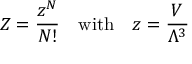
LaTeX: Z = { \frac { z ^ { N } } { N ! } } \quad { \mathrm { w i t h } } \quad z = { \frac { V } { \Lambda ^ { 3 } } }